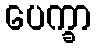
ပေက္ခာ